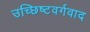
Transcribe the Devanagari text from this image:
उच्छिष्टवर्गवाद